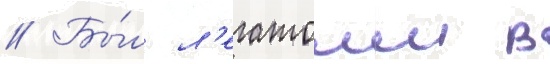
// Бы́л л'егатом в